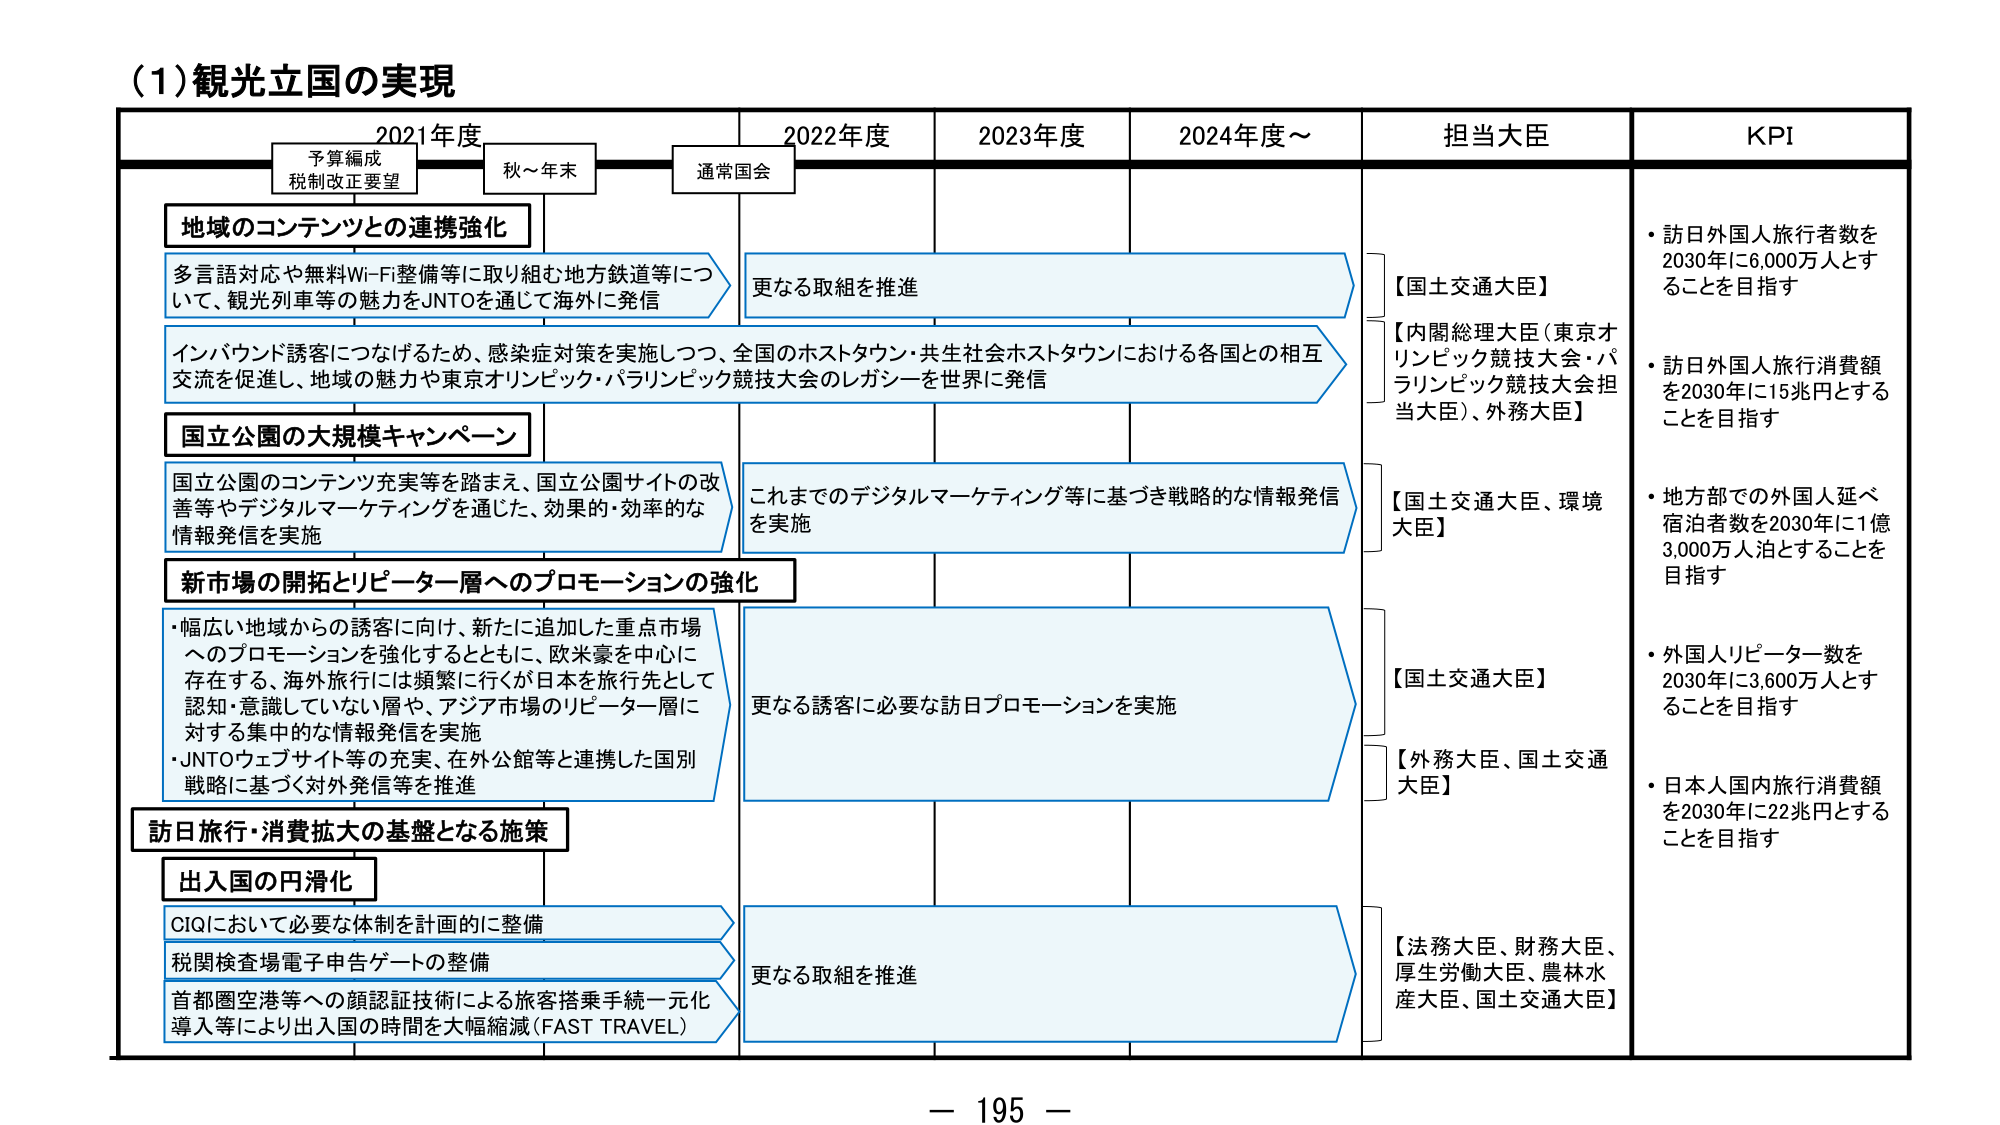
(1) 観光立国の実現

2021年度　　　　　2022年度　　　　　2023年度　　　　　2024年度～

予算編成
税制改正要望　　　秋～年末　　　　　通常国会

地域のコンテンツとの連携強化
多言語対応や無料Wi-Fi整備等に取り組む地方鉄道等について、観光列車等の魅力をJNTOを通じて海外に発信
更なる取組を推進

インバウンド誘客につなげるため、感染症対策を実施しつつ、全国のホストタウン・共生社会ホストタウンにおける各国との相互交流を促進し、地域の魅力や東京オリンピック・パラリンピック競技大会のレガシーを世界に発信

国立公園の大規模キャンペーン
国立公園のコンテンツ充実等を踏まえ、国立公園サイトの改善等やデジタルマーケティングを通じた、効果的・効率的な情報発信を実施
これまでのデジタルマーケティング等に基づき戦略的な情報発信を実施

新市場の開拓とリピーター層へのプロモーションの強化
・幅広い地域からの誘客に向け、新たに追加した重点市場へのプロモーションを強化するとともに、欧米豪を中心に存在する、海外旅行には頻繁に行くが日本を旅行先として認知・意識していない層や、アジア市場のリピーター層に対する集中的な情報発信を実施
・JNTOウェブサイト等の充実、在外公館等と連携した国別戦略に基づく対外発信等を推進
更なる誘客に必要な訪日プロモーションを実施

訪日旅行・消費拡大の基盤となる施策
出入国の円滑化
CIQにおいて必要な体制を計画的に整備
税関検査場電子申告ゲートの整備
首都圏空港等への顔認証技術による旅客搭乗手続一元化導入等により出入国の時間を大幅縮減（FAST TRAVEL）
更なる取組を推進

担当大臣
【国土交通大臣】
【内閣総理大臣（東京オリンピック競技大会・パラリンピック競技大会担当大臣）、外務大臣】
【国土交通大臣、環境大臣】
【国土交通大臣】
【外務大臣、国土交通大臣】
【法務大臣、財務大臣、厚生労働大臣、農林水産大臣、国土交通大臣】

KPI
・訪日外国人旅行者数を2030年に6,000万人とすることを目指す
・訪日外国人旅行消費額を2030年に15兆円とすることを目指す
・地方部での外国人延べ宿泊者数を2030年に1億3,000万人泊とすることを目指す
・外国人リピーター数を2030年に3,600万人とすることを目指す
・日本人国内旅行消費額を2030年に22兆円とすることを目指す

－ 195 －